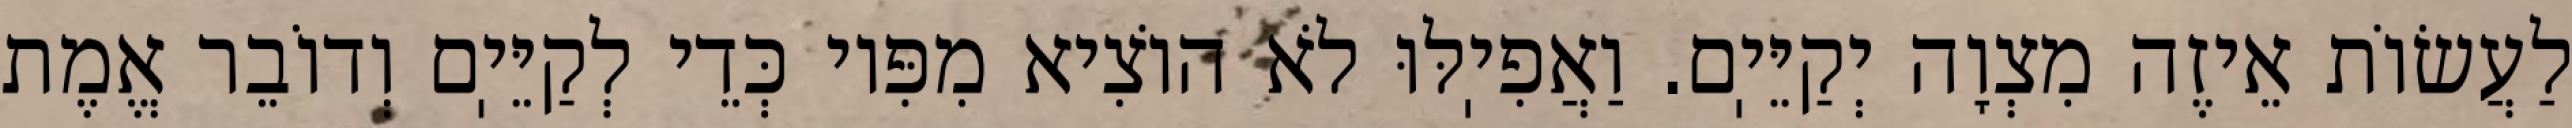
לַעֲשׂוֹת אֵיזֶה מִצְוָה יְקַיֵּיֽם. וַאֲפִיֽלּוּ לֹא הוֹצִיא מִפִּיו כְּדֵי לְקַיֵּיֽם וְדוֹבֵר אֱמֶת